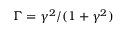
\Gamma = \gamma ^ { 2 } / ( 1 + \gamma ^ { 2 } )